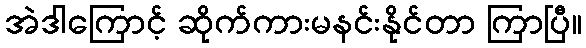
အဲဒါကြောင့် ဆိုက်ကားမနင်းနိုင်တာ ကြာပြီ။